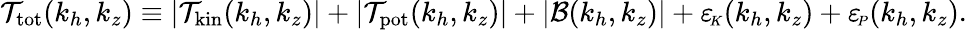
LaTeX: \mathcal{T}_{\mathrm{tot}}(k_{h},k_{z})\equiv|\mathcal{T}_{\mathrm{kin}}(k_{h},k_{z})|+|\mathcal{T}_{\mathrm{pot}}(k_{h},k_{z})|+|\mathcal{B}(k_{h},k_{z})|+{\varepsilon_{\! \scriptscriptstyle K}}(k_{h},k_{z})+{\varepsilon_{\! \scriptscriptstyle P}}(k_{h},k_{z}).